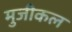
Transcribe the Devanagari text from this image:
मुजीकल